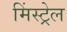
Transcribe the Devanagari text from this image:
मिंस्ट्रेल